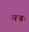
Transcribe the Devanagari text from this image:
वज्रः